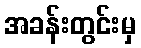
အခန်းတွင်းမှ